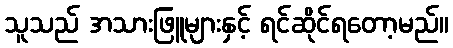
သူသည် အသားဖြူများနှင့် ရင်ဆိုင်ရတော့မည်။